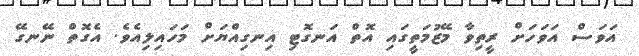
އަވަސް އަވަހަށް ރީތިވާ މޭޒުމަތީގައި އޮތް އަނގޮޓި އިނގިއްޔަށް މަހައިލިއެވެ. އެގޮތް ނޭނގޭ